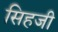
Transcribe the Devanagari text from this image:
सिहजी